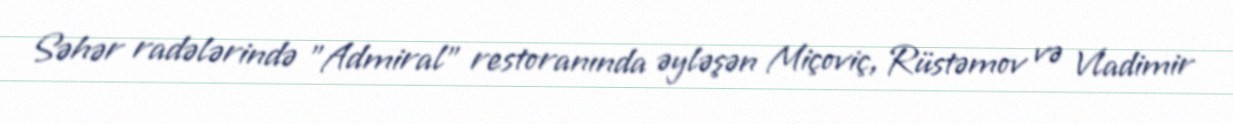
Səhər radələrində "Admiral" restoranında əyləşən Miçoviç, Rüstəmov və Vladimir